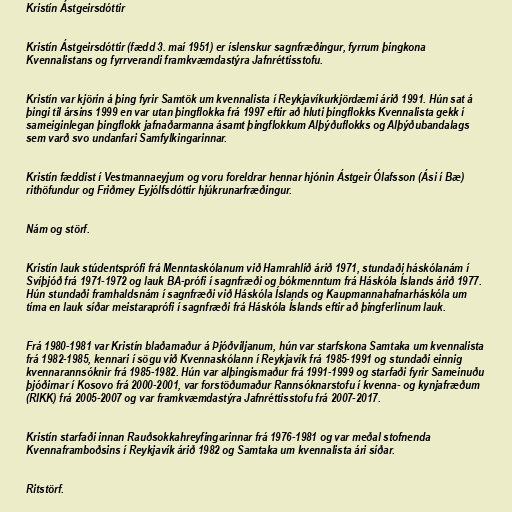
Kristín Ástgeirsdóttir

Kristín Ástgeirsdóttir (fædd 3. maí 1951) er íslenskur sagnfræðingur, fyrrum þingkona
Kvennalistans og fyrrverandi framkvæmdastýra Jafnréttisstofu.

Kristín var kjörin á þing fyrir Samtök um kvennalista í Reykjavíkurkjördæmi árið 1991. Hún sat á
þingi til ársins 1999 en var utan þingflokka frá 1997 eftir að hluti þingflokks Kvennalista gekk í
sameiginlegan þingflokk jafnaðarmanna ásamt þingflokkum Alþýðuflokks og Alþýðubandalags
sem varð svo undanfari Samfylkingarinnar.

Kristín fæddist í Vestmannaeyjum og voru foreldrar hennar hjónin Ástgeir Ólafsson (Ási í Bæ)
rithöfundur og Friðmey Eyjólfsdóttir hjúkrunarfræðingur.

Nám og störf.

Kristín lauk stúdentsprófi frá Menntaskólanum við Hamrahlíð árið 1971, stundaði háskólanám í
Svíþjóð frá 1971-1972 og lauk BA-prófi í sagnfræði og bókmenntum frá Háskóla Íslands árið 1977.
Hún stundaði framhaldsnám í sagnfræði við Háskóla Íslands og Kaupmannahafnarháskóla um
tíma en lauk síðar meistaraprófi í sagnfræði frá Háskóla Íslands eftir að þingferlinum lauk.

Frá 1980-1981 var Kristín blaðamaður á Þjóðviljanum, hún var starfskona Samtaka um kvennalista
frá 1982-1985, kennari í sögu við Kvennaskólann í Reykjavík frá 1985-1991 og stundaði einnig
kvennarannsóknir frá 1985-1982. Hún var alþingismaður frá 1991-1999 og starfaði fyrir Sameinuðu
þjóðirnar í Kosovo frá 2000-2001, var forstöðumaður Rannsóknarstofu í kvenna- og kynjafræðum
(RIKK) frá 2005-2007 og var framkvæmdastýra Jafnréttisstofu frá 2007-2017.

Kristín starfaði innan Rauðsokkahreyfingarinnar frá 1976-1981 og var meðal stofnenda
Kvennaframboðsins í Reykjavík árið 1982 og Samtaka um kvennalista ári síðar.

Ritstörf.